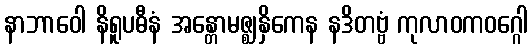
နာဘာဝေါ နိရူပဓီနံ အန္တောမဇ္ဈနှိကေန နဒိတဗ္ဗံ ကုလာဝကဝဂ္ဂေါ